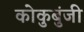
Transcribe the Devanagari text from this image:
कोकुबुंजी